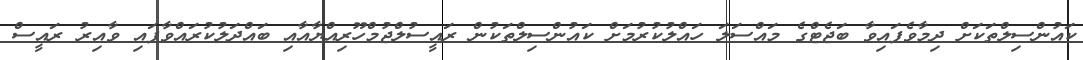
ކައުންސިލްތަކަށް ދިމާވެފައިވާ ބަޖެޓްގެ މައްސަލަ ހައްލުކުރުމަށް ކައުންސިލްތަކުން ރައީސުލްޖުމްހޫރިއްޔާއާއި ބައްދަލުކުރައްވާފައި ވާއިރު ރައީސް